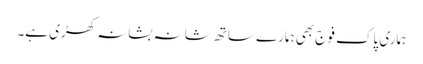
ہماری پاک فوج بھی ہمارے ساتھ شانہ بشانہ کھڑی ہے۔